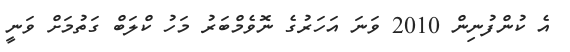
އެ ކުންފުނިން 2010 ވަނަ އަހަރުގެ ނޮވެމްބަރު މަހު ކްލަބް ގަތުމަށް ވަނީ